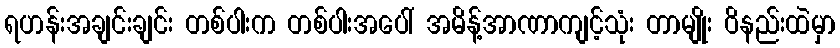
ရဟန်းအချင်းချင်း တစ်ပါးက တစ်ပါးအပေါ် အမိန့်အာဏာကျင့်သုံး တာမျိုး ဝိနည်းထဲမှာ